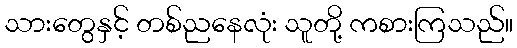
သားတွေနှင့် တစ်ညနေလုံး သူတို့ ကစားကြသည်။